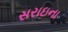
સરાઇના